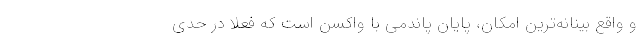
و واقع بینانه‌ترین امکان، پایان پاندمی با واکسن است که فعلا در حدی